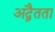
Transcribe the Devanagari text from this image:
अद्वैतता